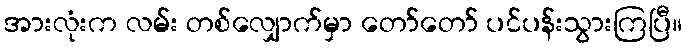
အားလုံးက လမ်း တစ်လျှောက်မှာ တော်တော် ပင်ပန်းသွားကြပြီ။